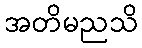
အတိမညသိ